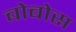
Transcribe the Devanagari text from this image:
बोबोस